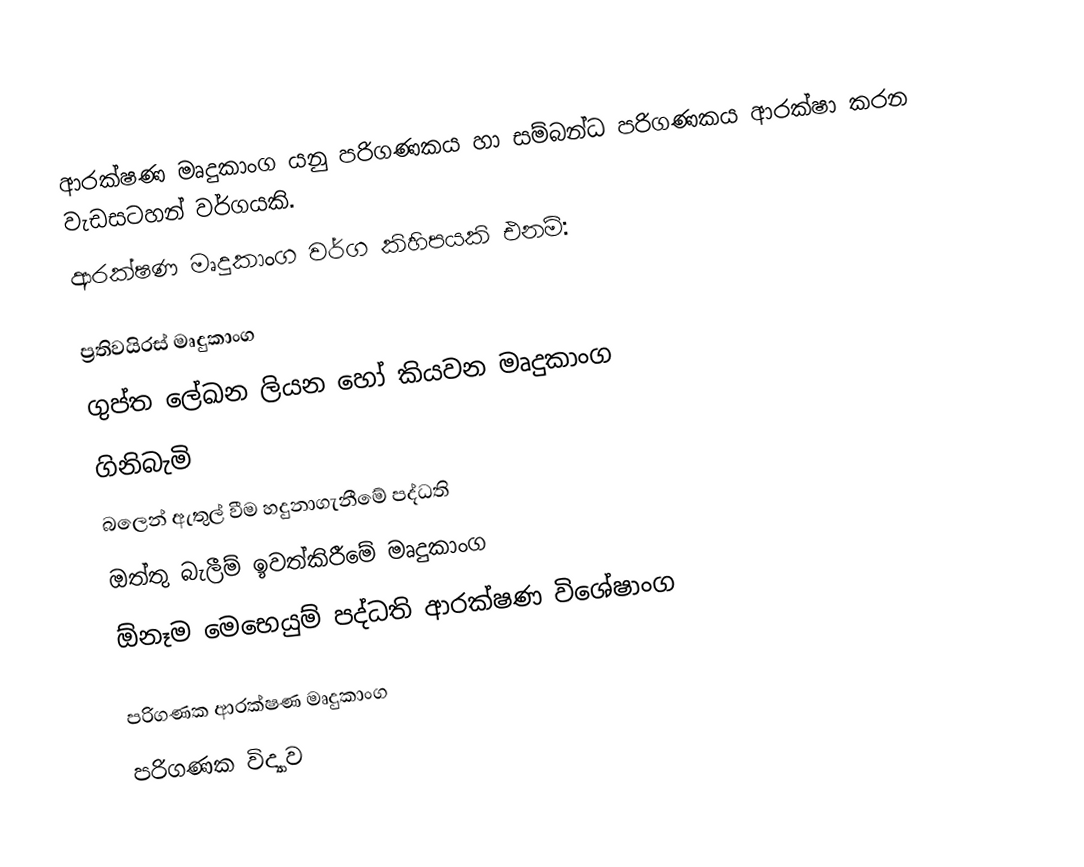
ආරක්ෂණ මෘදුකාංග යනු පරිගණකය හා සම්බන්ධ පරිගණකය ආරක්ෂා කරන වැඩසටහන් වර්ගයකි.
ආරක්ෂණ මෘදුකාංග වර්ග කිහිපයකි එනම්:

 ප්‍රතිවයිරස් මෘදුකාංග
 ගුප්ත ලේඛන ලියන හෝ කියවන මෘදුකාංග
 ගිනිබැමි
 බලෙන් ඇතුල් වීම හදුනාගැනීමේ පද්ධති
 ඔත්තු බැලීම් ඉවත්කිරීමේ මෘදුකාංග
 ඕනෑම මෙභෙයුම් පද්ධති ආරක්ෂණ විශේෂාංග

පරිගණක ආරක්ෂණ මෘදුකාංග
පරිගණක විද්‍යාව